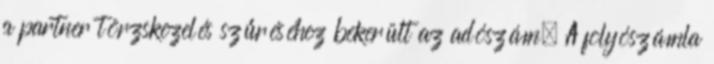
a partner törzskezelés szűréséhez bekerült az adószám. A folyószámla